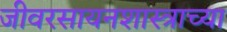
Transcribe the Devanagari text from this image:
जीवरसायनशास्त्राच्या